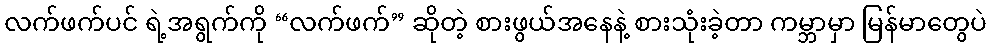
လက်ဖက်ပင် ရဲ့အရွက်ကို “လက်ဖက်” ဆိုတဲ့ စားဖွယ်အနေနဲ့ စားသုံးခဲ့တာ ကမ္ဘာမှာ မြန်မာတွေပဲ